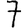
Digit: 7